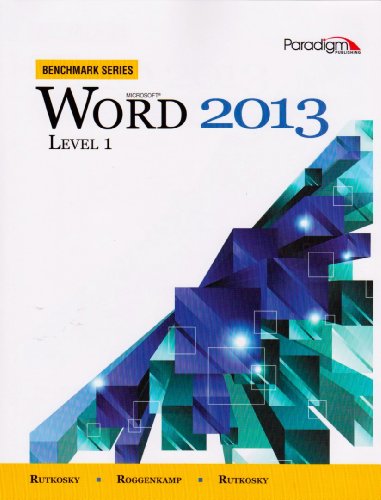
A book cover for Microsoft Word 2013: Level 1: Text with Data Files CD Benchmark Series; Nita Rutkosky; Computers & Technology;